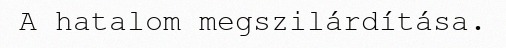
A hatalom megszilárdítása.